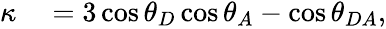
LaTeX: \begin{array}{rl}{\kappa}&{{}=3\cos{\theta_{D}}\cos{\theta_{A}}-\cos{\theta_{DA}},}\end{array}